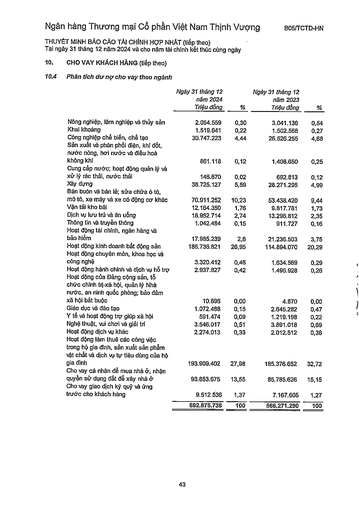
||Ngày 31 tháng 12 năm 2024 Triệu đồng|%|Ngày 31 tháng 12 năm 2023 Triệu đồng|%| |---|---|---|---|---| |Nông nghiệp, lâm nghiệp và thủy sản|2.054.559|0,30|3.041.136|0,54| |Khai khoáng|1.519.641|0,22|1.502.568|0,27| |Công nghiệp chế biến, chế tạo|30.747.223|4,44|26.526.255|4,68| |Sản xuất và phân phối điện, khí đốt, nước nóng, hơi nước và điều hòa không khí|861.118|0,12|1.408.650|0,25| |Cung cấp nước hoạt động quản lý và xử lý rác thải, nước thải|146.670|0,02|692.813|0,12| |Xây dựng|38.725.127|5,59|28.271.295|4,99| |Bán buôn và bán lẻ; sửa chữa ô tô, mô tô, xe máy và xe có động cơ khác|70.911.252|10,23|53.438.420|9,44| |Vận tải kho bãi|12.164.350|1,76|9.817.781|1,73| |Dịch vụ lưu trú và ăn uống|18.952.714|2,74|13.296.812|2,35| |Thông tin và truyền thông|1.042.484|0,15|911.727|0,16| |Hoạt động tài chính, ngân hàng và bảo hiểm|17.985.239|2,6|21.236.503|3,75| |Hoạt động kinh doanh bất động sản|186.736.821|26,95|114.894.070|20,29| |Hoạt động chuyên môn, khoa học và công nghệ|3.320.412|0,48|1.634.569|0,29| |Hoạt động hành chính và dịch vụ hỗ trợ|2.937.827|0,42|1.495.928|0,26| |Hoạt động của Đảng Cộng sản, tổ chức chính trị-xã hội, quản lý Nhà nước, an ninh quốc phòng; bảo đảm xã hội bắt buộc|10.696|0,00|4.870|0,00| |Giáo dục và đào tạo|1.072.488|0,15|2.645.282|0,47| |Y tế và hoạt động trợ giúp xã hội|591.474|0,09|1.219.198|0,22| |Nghệ thuật, vui chơi và giải trí|3.546.017|0,51|3.891.018|0,69| |Hoạt động dịch vụ khác|2.274.013|0,33|2.012.512|0,36| |Hoạt động làm thuê các công việc trong hộ gia đình, sản xuất sản phẩm vật chất và dịch vụ tự tiêu dùng của hộ gia đình|193.909.402|27,98|185.376.652|32,72| |Cho vay cá nhân để mua nhà ở, nhân quyền sử dụng đất để xây nhà ở|93.853.675|13,55|85.785.626|15,15| |Cho vay giao dịch ký quỹ và ứng trước cho khách hàng|9.512.536|1,37|7.167.605|1,27| ||692.875.738|100|566.271.290|100|